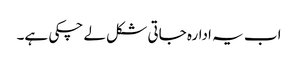
اب یہ ادارہ جاتی شکل لے چکی ہے۔